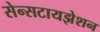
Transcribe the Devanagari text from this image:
सेन्सटायझेशन